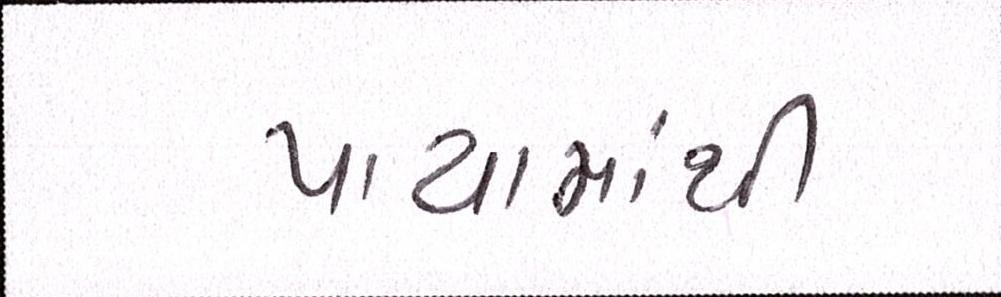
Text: પાયામાંથી